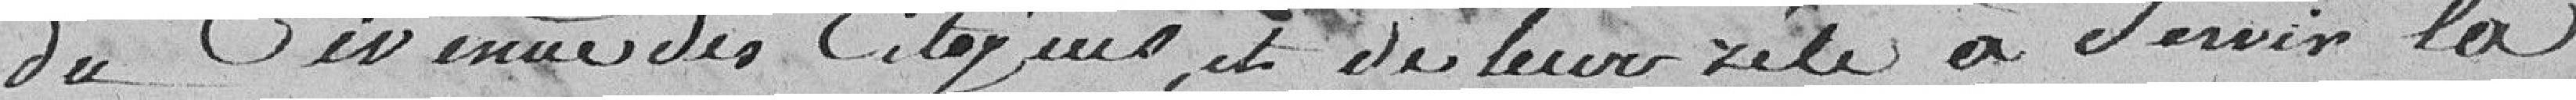
du civisme des citoyens, et de leur rôle à servir la